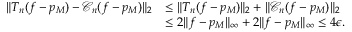
\begin{array} { r l } { \Vert T _ { n } ( f - p _ { M } ) - \mathcal { C } _ { n } ( f - p _ { M } ) \Vert _ { 2 } } & { \leq \Vert T _ { n } ( f - p _ { M } ) \Vert _ { 2 } + \Vert \mathcal { C } _ { n } ( f - p _ { M } ) \Vert _ { 2 } } \\ & { \leq 2 \Vert f - p _ { M } \Vert _ { \infty } + 2 \Vert f - p _ { M } \Vert _ { \infty } \leq 4 \epsilon . } \end{array}